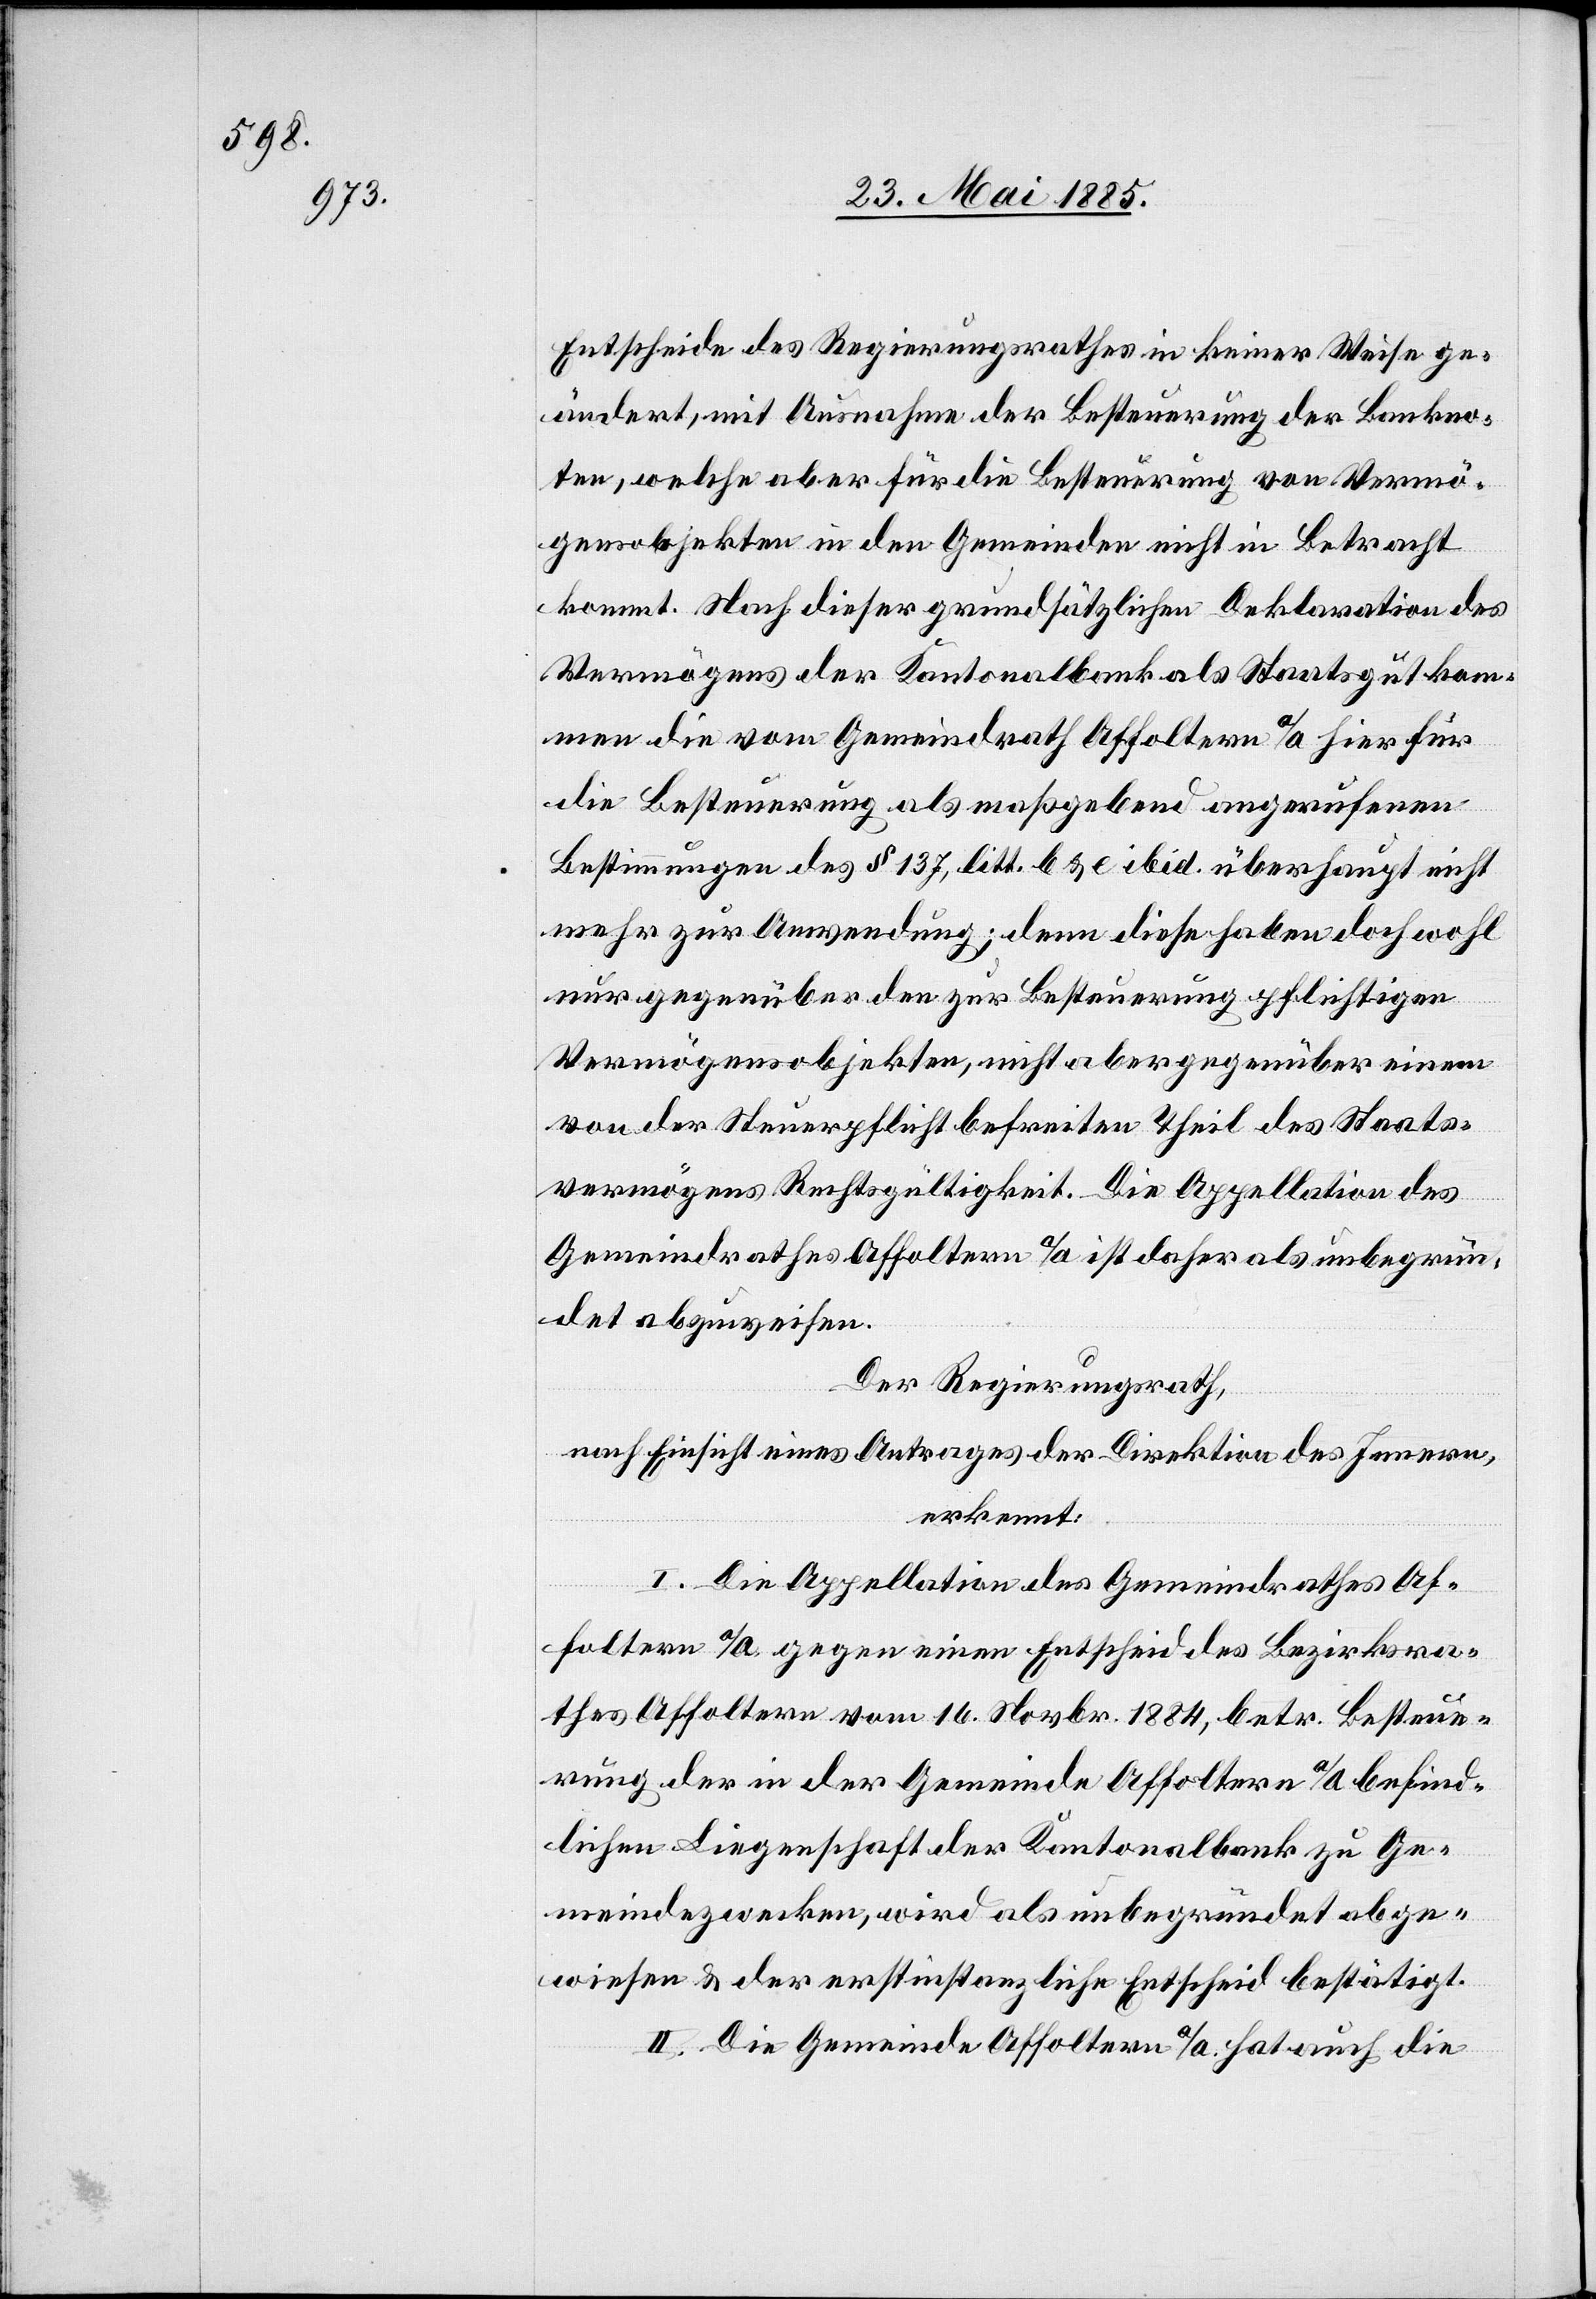
Entscheide des Regierungsrathes in keiner Weise ge¬
ändert, mit Ausnahme der Besteuerung der Bankno¬
ten, welche aber für die Besteuerung von Vermö¬
gensobjekten in den Gemeinden nicht in Betracht
kommt. Nach dieser grundsätzlichen Deklaration des
Vermögens der Kantonalbank als Staatsgut kom¬
men die vom Gemeindrath Affoltern a/A hier für
die Besteuerung als maßgebend angerufenen
Bestimmungen des § 137, litt. b & e ibid. überhaupt nicht
mehr zur Anwendung; denn diese haben doch wohl
nur gegenüber den zur Besteuerung pflichtigen
Vermögensobjekten, nicht aber gegenüber einem
von der Steuerpflicht befreiten Theil des Staats¬
vermögens Rechtsgültigkeit. Die Appellation des
Gemeindrathes Affoltern a/A ist daher als unbegrün¬
det abzuweisen.
Der Regierungsrath,
nach Einsicht eines Antrages der Direktion des Innern,
erkennt:
I. Die Appellation des Gemeindrathes Af¬
foltern a/A gegen einen Entscheid des Bezirksra¬
thes Affoltern vom 16. Novbr. 1884, betr. Besteue¬
rung der in der Gemeinde Affoltern a/A befind¬
lichen Liegenschaft der Kantonalbank zu Ge¬
meindezwecken, wird als unbegründet abge¬
wiesen & der erstinstanzliche Entscheid bestätigt.
II. Die Gemeinde Affoltern a/A hat auch die